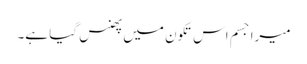
میرا جسم اس تکون میں پھنس گیا ہے۔